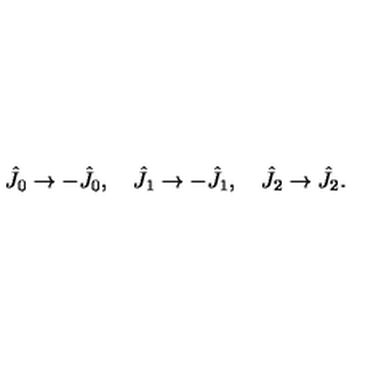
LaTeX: \hat { J } _ { 0 } \rightarrow - \hat { J } _ { 0 } , \quad \hat { J } _ { 1 } \rightarrow - \hat { J } _ { 1 } , \quad \hat { J } _ { 2 } \rightarrow \hat { J } _ { 2 } .